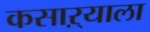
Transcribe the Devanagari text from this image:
कसाऱ्याला